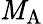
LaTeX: {\mathit{M}_{\mathrm{{A}}}}